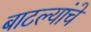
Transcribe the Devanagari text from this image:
बाटल्यांचे